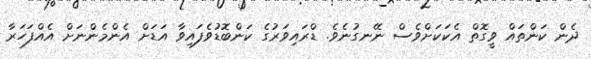
ދެން ކަންތައް ވީގޮތް އެކަކަށްވެސް ނޭނގުނެވެ. ޑްރައިވަރުގެ ކަންބޮޑުވެފައިވާ އަޑަށް އެންމެންނަށް އެއްފަހަރާ